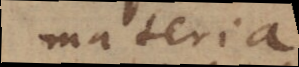
materia